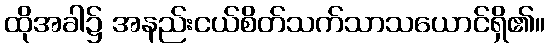
ထိုအခါ၌ အနည်းငယ်စိတ်သက်သာသယောင်ရှိ၏။